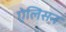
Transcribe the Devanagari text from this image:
ऐलिसन